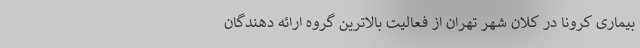
بیماری کرونا در کلان شهر تهران از فعالیت بالاترین گروه ارائه دهندگان